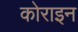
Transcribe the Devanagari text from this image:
कोराइन